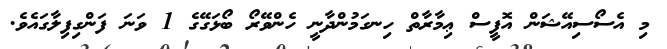
މި އެސޯސިއޭޝަން އޮފީސް ޢިމާރާތް ހިނގަމުންދާނީ ހެންވޭރޯ ބޯޅަގޭގެ 1 ވަނަ ފަންގިފިލާގައެވެ.